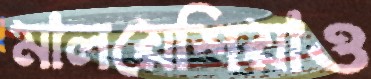
মালয়েশিয়াও